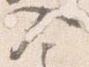
入